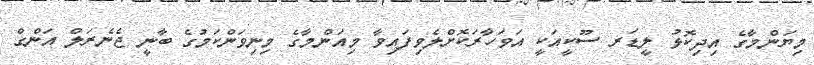
މިޔަންމާގެ އިދިކޮޅު ލީޑަރ ސޫކީއަކީ އަވަހާރަކޮށްލެވިފައިވާ މިއަންމާގެ މިނިވަންކަމުގެ ބާނީ ޖެނެރަލް އަންގް